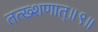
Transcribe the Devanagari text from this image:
तत्ख्शणात्॥९॥